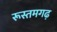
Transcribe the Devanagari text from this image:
रूस्तमगढ़